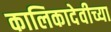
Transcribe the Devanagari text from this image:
कालिकादेवीच्या